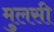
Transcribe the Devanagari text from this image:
मुलसी